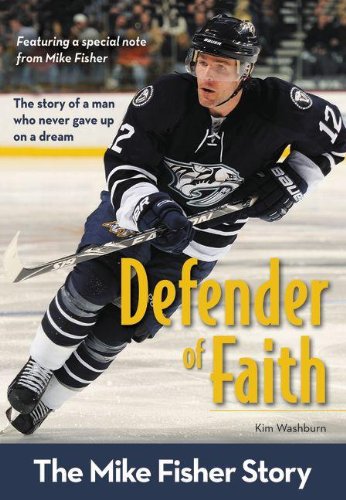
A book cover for Defender of Faith: The Mike Fisher Story (ZonderKidz Biography); Kim Washburn; Children's Books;